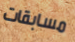
مسابقات